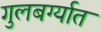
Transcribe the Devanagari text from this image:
गुलबर्ग्यात